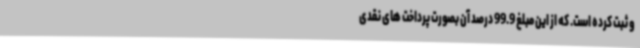
و ثبت کرده است. که از این مبلغ 99.9 درصد آن بصورت پرداخت های نقدی